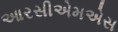
આરસીએમએસ